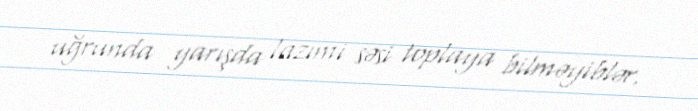
uğrunda yarışda lazımi səsi toplaya bilməyiblər.